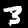
Digit: 3